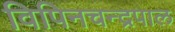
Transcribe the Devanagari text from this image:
विपिनचन्द्रपाल